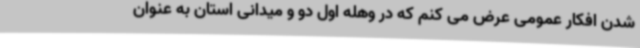
شدن افکار عمومی عرض می کنم که در وهله اول دو و میدانی استان به عنوان